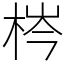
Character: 梣